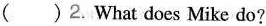
（ ）2. What does Mike do?